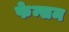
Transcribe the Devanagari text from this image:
फेन्सम